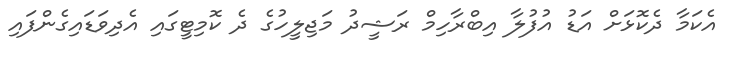
އެކަމާ ދެކޮޅަށް އަޑު އުފުލާ އިބްރާހިމް ރަޝީދު މަޖިލީހުގެ ދެ ކޮމިޓީގައި އެދިވަޑައިގެންފައި